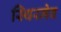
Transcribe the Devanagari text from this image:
स्थिरमेव